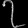
Digit: ၇